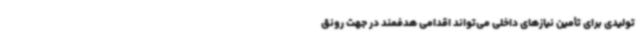
تولیدی برای تأمین نیازهای داخلی می‌تواند اقدامی هدفمند در جهت رونق